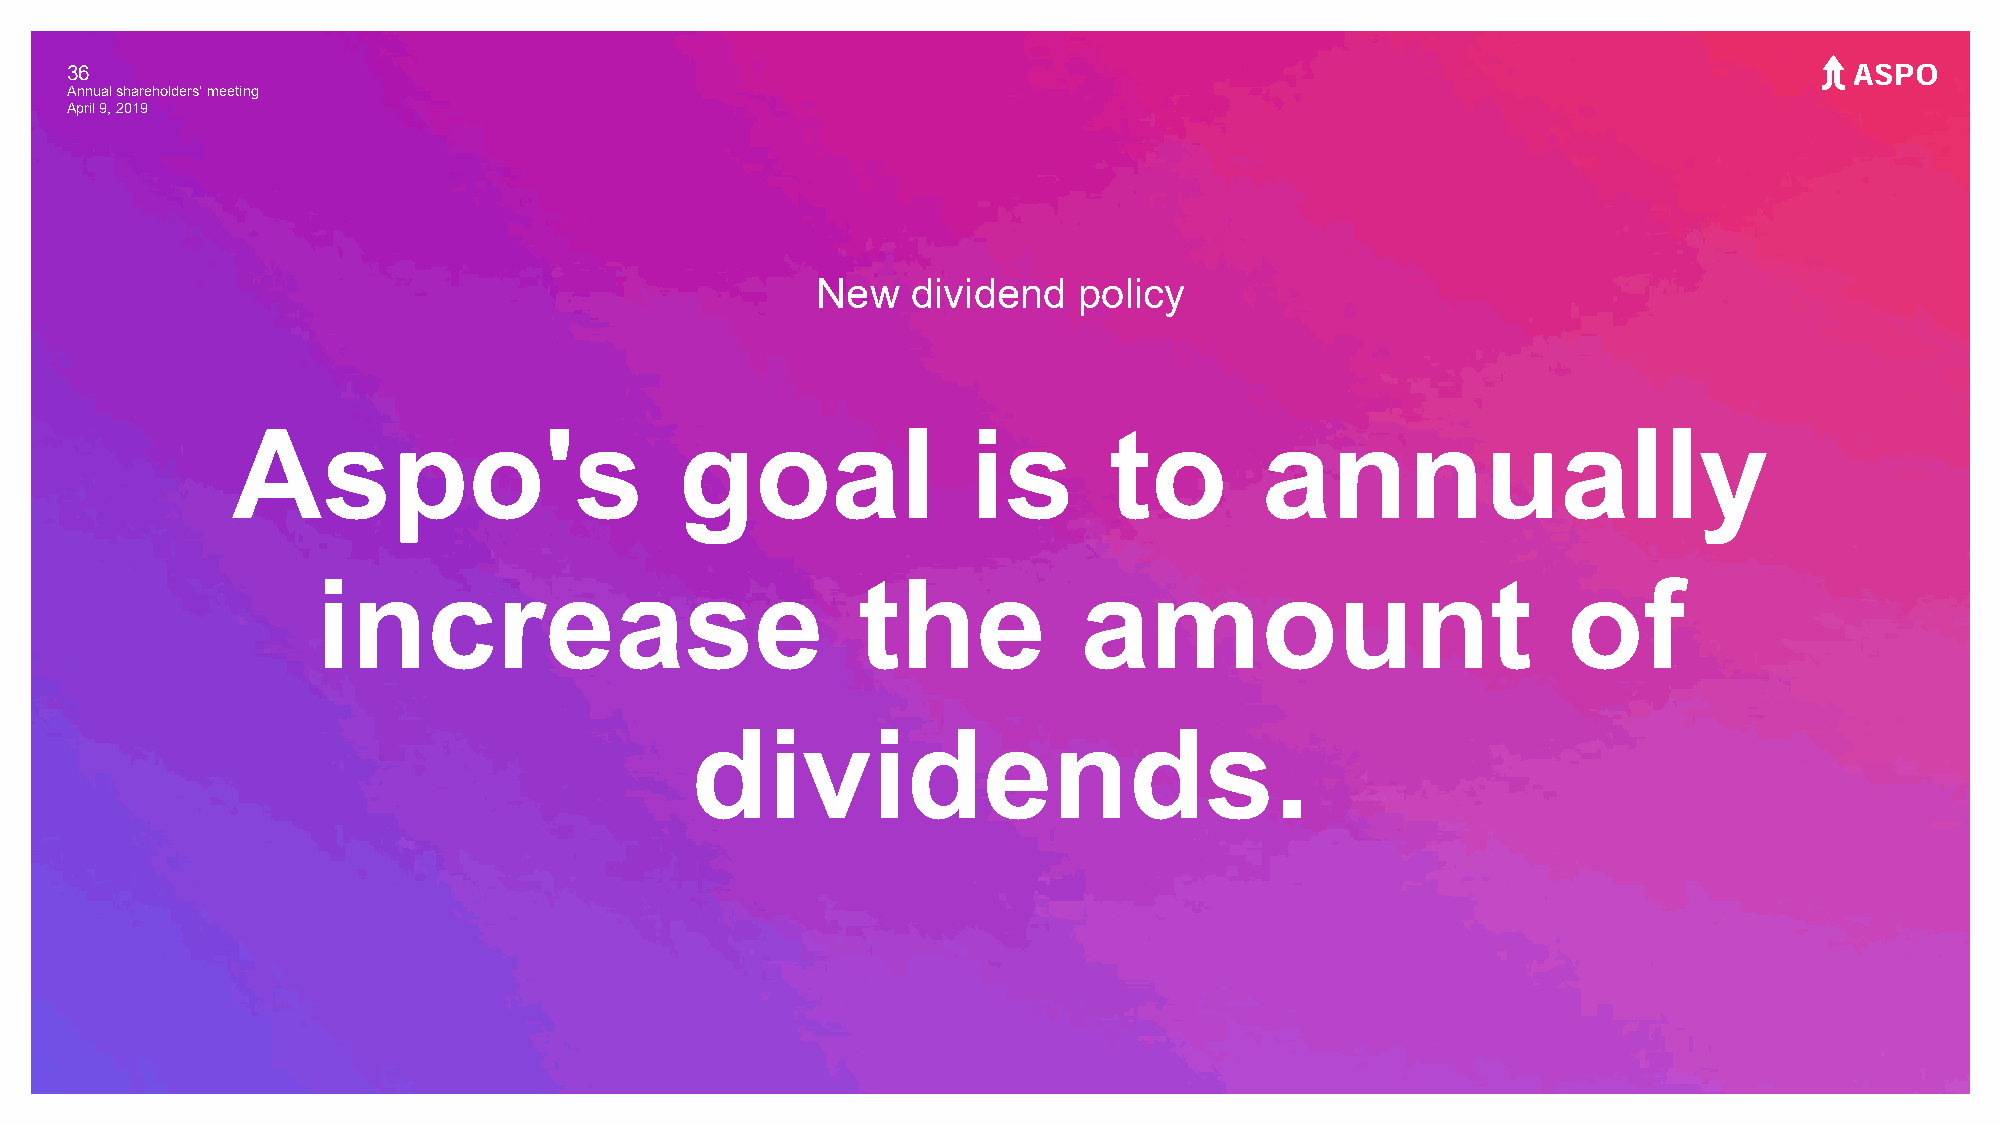
36
 Annual shareholders' meeting
 April 9, 2019
 New   dividend   policy
 Aspo's                        goal               is       to         annually
 increase                            the            amount                          of
 dividends.